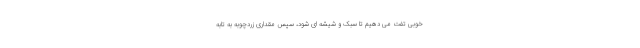
خوبی تفت می دهیم تا سبک و شیشه ای شود، سپس مقداری زردچوبه به تابه